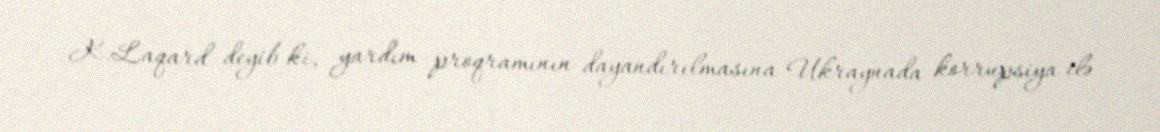
K.Laqard deyib ki, yardım proqramının dayandırılmasına Ukraynada korrupsiya ilə